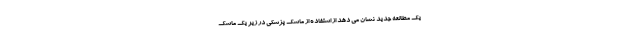
یک مطالعه جدید نشان می دهد از استفاده از ماسک پزشکی در زیر یک ماسک